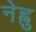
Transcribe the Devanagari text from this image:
नेह्रु